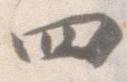
四